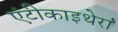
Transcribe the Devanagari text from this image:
एंटीकाइथेरा